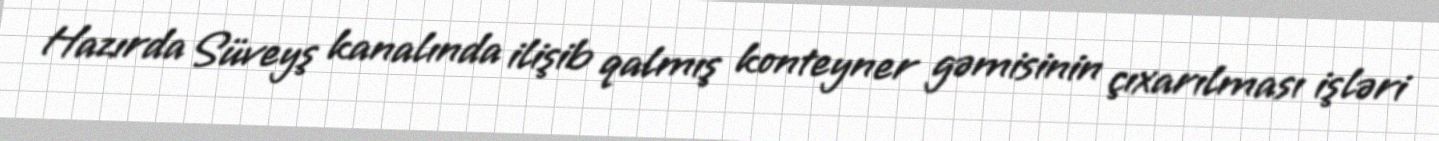
Hazırda Süveyş kanalında ilişib qalmış konteyner gəmisinin çıxarılması işləri